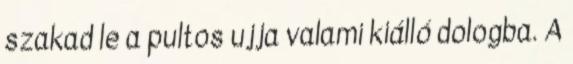
szakad le a pultos ujja valami kiálló dologba. A